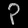
Digit: ၃